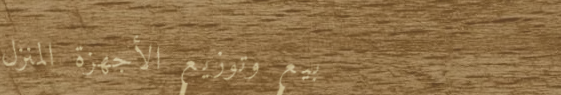
بيع وتوزيع الأجهزة المنزل